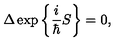
\Delta \exp \bigg \{ \frac { i } { \hbar } S \bigg \} = 0 ,